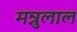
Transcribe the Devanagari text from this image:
मन्नुलाल